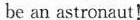
be an astronaut!